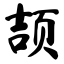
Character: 颉